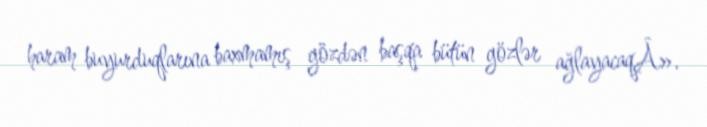
haram buyurduqlarına baxmamış gözdən başqa bütün gözlər ağlayacaqÂ».